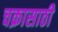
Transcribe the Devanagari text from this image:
चक्रासाठी